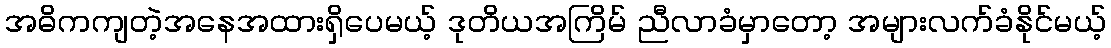
အဓိကကျတဲ့အနေအထားရှိပေမယ့် ဒုတိယအကြိမ် ညီလာခံမှာတော့ အများလက်ခံနိုင်မယ့်